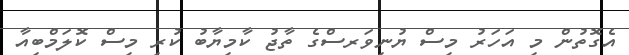
އެގޮތުން މި އަހަރު މިސް ޔުނިވަރސްގެ ތާޖު ކާމިޔާބު ކުރި މިސް ކޮލަމްބިއާ